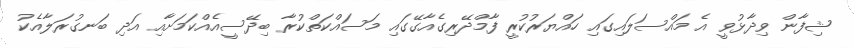
ޝިފާން ވިދާޅުވީ އެ މައްސަލައިގައި ހައްޔަރުކުރީ ފާމްދޭރިގެއާގޭގައި މަސައްކަތްކުރާ ބިދޭސީއެއްކަމަށާއި އަދި ބަނގުރަލާއެކު